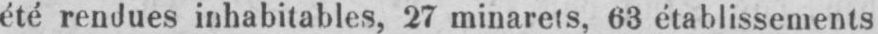
été rendues inhabitables, 27 minarets, 63 établissements